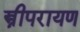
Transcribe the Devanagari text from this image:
स्त्रीपरायण